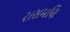
રાસમણિ